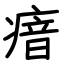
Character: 瘖